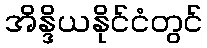
အိန္ဒိယနိုင်ငံတွင်